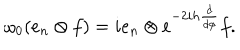
\omega _ { 0 } ( e _ { n } \otimes f ) = i e _ { n } \otimes e ^ { - 2 i h \frac { d } { d \phi } } f .